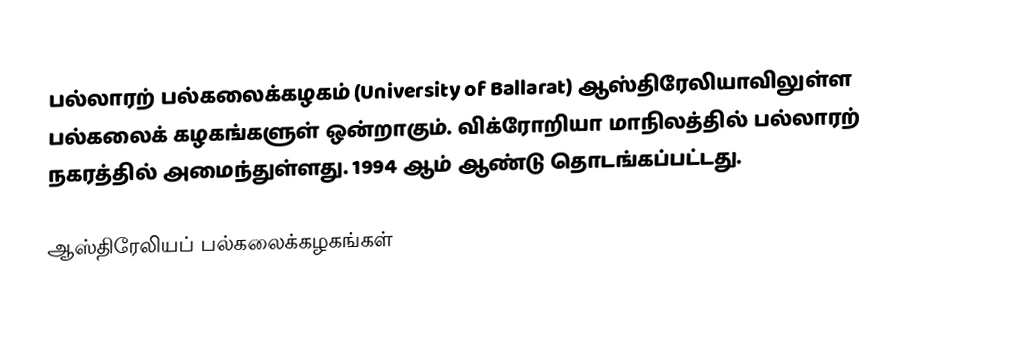
பல்லாரற் பல்கலைக்கழகம் (University of Ballarat) ஆஸ்திரேலியாவிலுள்ள பல்கலைக் கழகங்களுள் ஒன்றாகும். விக்ரோறியா மாநிலத்தில் பல்லாரற் நகரத்தில் அமைந்துள்ளது. 1994 ஆம் ஆண்டு தொடங்கப்பட்டது.

ஆஸ்திரேலியப் பல்கலைக்கழகங்கள்